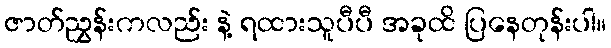
ဇာတ်ညွှန်းကလည်း နဲ့ ရထားသူပီပီ အခုထိ ပြနေတုန်းပါ။